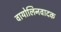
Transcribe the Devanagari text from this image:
वायोलिनवादक